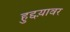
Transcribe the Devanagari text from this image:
हुद्दय़ावर